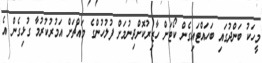
މީހަކު ބަންދުގައި ބަހައްޓައިގެން ކޯޓަށް ހާޒިރުކޮށްދިނުމަށް ފުލުހުންގެ މައްޗަށް އަމުރުކުރުމާ ގުޅިގެން އެ